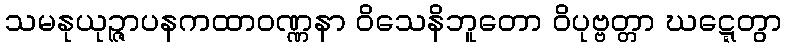
သမနုယုဉ္ဇာပနကထာဝဏ္ဏနာ ဝိသေနိဘူတော ဝိပုဗ္ဗတ္တာ ဃဋ္ဋေတွာ